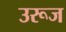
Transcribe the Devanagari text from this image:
उरूज